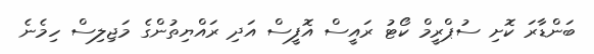
ބަންޑާރަ ކޮށި ސުޕްރީމް ކޯޓު ރައީސް އޮފީސް އަދި ރައްޔިތުންގެ މަޖިލިސް ހިމެނެ